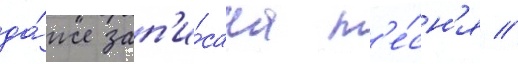
да́же зап'и́сана п'е́сн'я //